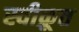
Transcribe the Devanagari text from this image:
स्वीक्रूत